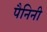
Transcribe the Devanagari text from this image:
पैनिनी